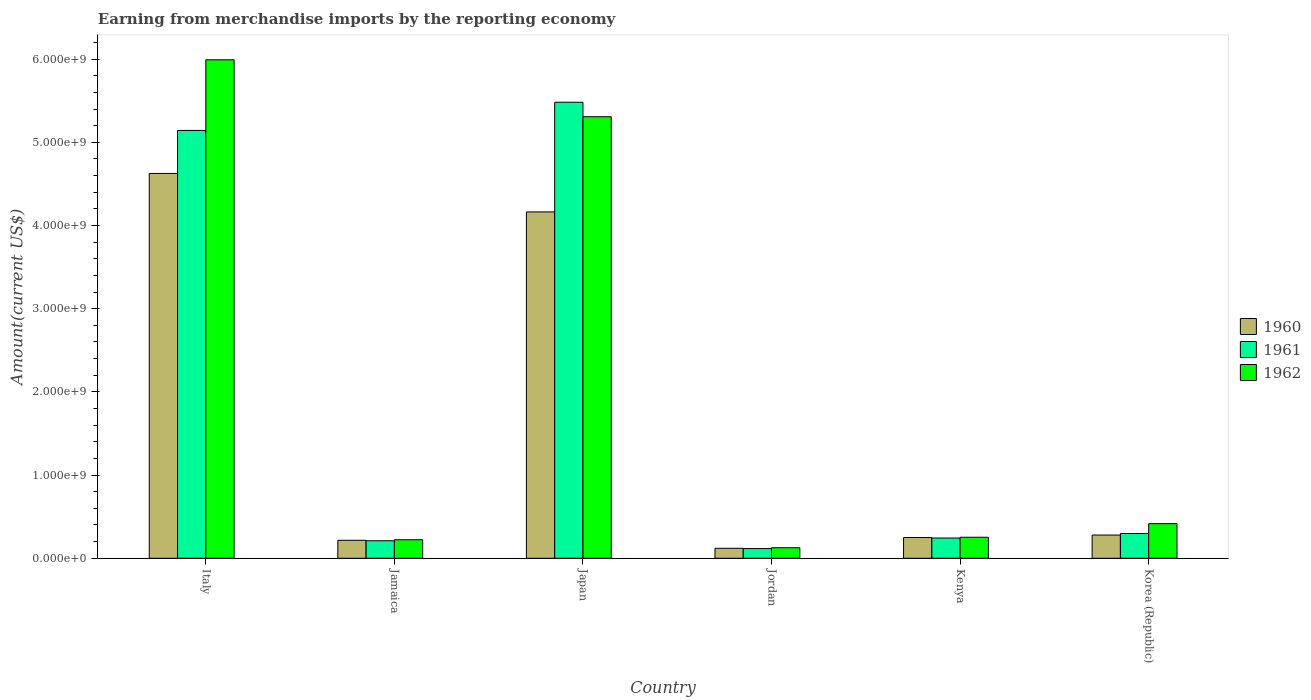
| Country | 1960 | 1961 | 1962 |
 | --- | --- | --- | --- |
 | Italy | 4.63e+09 | 5.14e+09 | 5.99e+09 |
 | Jamaica | 2.16e+08 | 2.1e+08 | 2.23e+08 |
 | Japan | 4.16e+09 | 5.48e+09 | 5.31e+09 |
 | Jordan | 1.2e+08 | 1.16e+08 | 1.27e+08 |
 | Kenya | 2.5e+08 | 2.43e+08 | 2.53e+08 |
 | Korea (Republic) | 2.79e+08 | 2.97e+08 | 4.16e+08 |